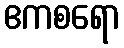
ဧကစရော